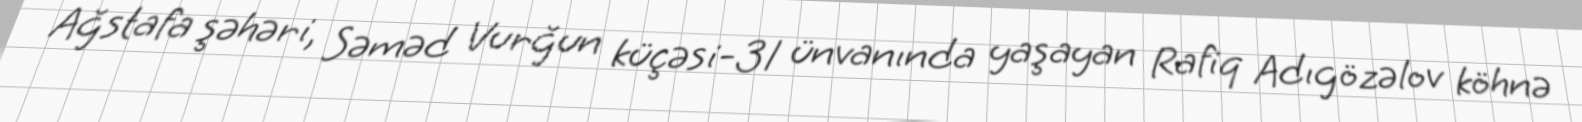
Ağstafa şəhəri, Səməd Vurğun küçəsi-31 ünvanında yaşayan Rafiq Adıgözəlov köhnə